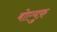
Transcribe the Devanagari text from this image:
बोएयुफ़